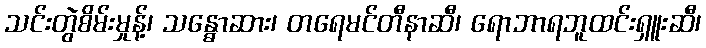
သင်းတွဲစိမ်းမှုန့်၊ သန္ဓောဆား၊ တရေမင်တီနာဆီ၊ ရောဘာရဘူထင်းရှူးဆီ၊